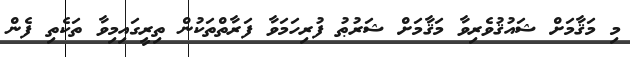
މި މަޤާމަށް ޝައުޤުވެރިވާ މަޤާމަށް ޝަރުޠު ފުރިހަމަވާ ފަރާތްތަކުން ތިރީގައިމިވާ ތަކެތި ފެން